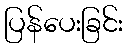
ပြန်ပေးခြင်း